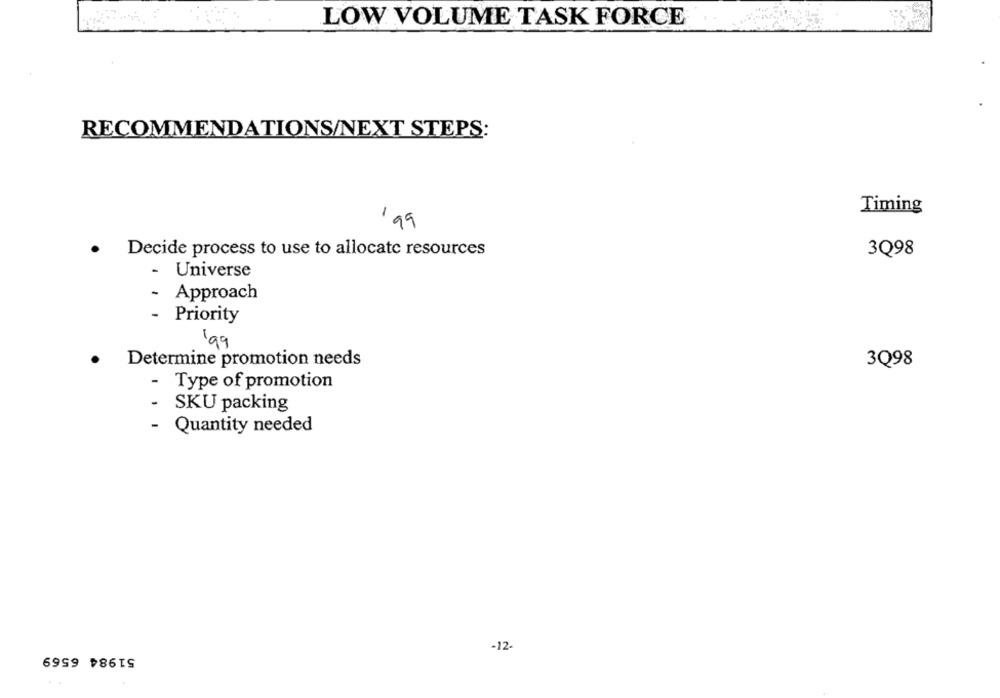
LOW VOLUME TASK FORCE
RECOMMENDATIONS/NEXT STEPS:
Timing
199
Decide process to use to allocate resources
.
3Q98
- Universe
- Approach
-
Priority
Determine promotion needs
3Q98
- Type of promotion
-
SKU packing
- Quantity needed
-12
51984 6569